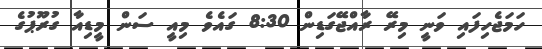
ހަމަޖެހިފައި ވަނީ މިރޭ ރާއްޖޭގަޑިން 8:30 ގައެވެ މިއީ ސަން މީޑިއާ ގުރޫޕުގެ